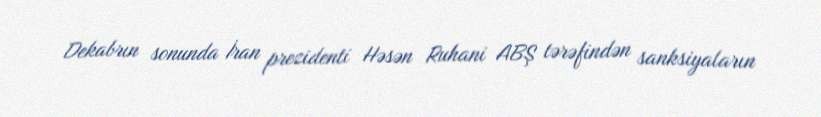
Dekabrın sonunda İran prezidenti Həsən Ruhani ABŞ tərəfindən sanksiyaların